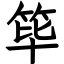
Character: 筚